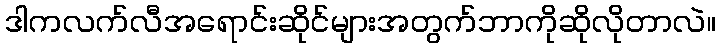
ဒါကလက်လီအရောင်းဆိုင်များအတွက်ဘာကိုဆိုလိုတာလဲ။